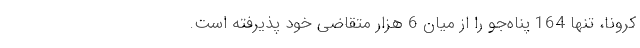
کرونا، تنها 164 پناه‌جو را از میان 6 هزار متقاضی خود پذیرفته است.